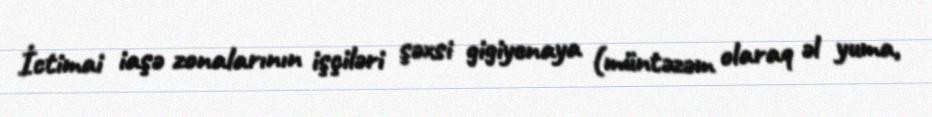
İctimai iaşə zonalarının işçiləri şəxsi gigiyenaya (müntəzəm olaraq əl yuma,